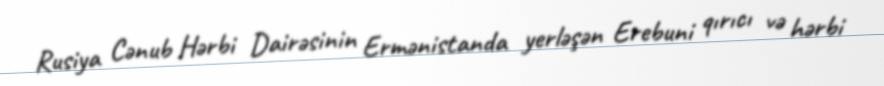
Rusiya Cənub Hərbi Dairəsinin Ermənistanda yerləşən Erebuni qırıcı və hərbi